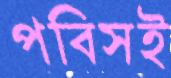
পবিসই